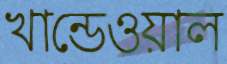
খান্ডেওয়াল